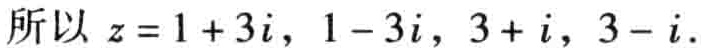
所以 \(z = 1 + 3i,\ 1 - 3i,\ 3 + i,\ 3 - i\).